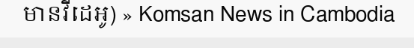
មានវីដេអូ) » Komsan News in Cambodia